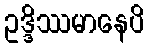
ဥဒ္ဒိဿမာနေပိ